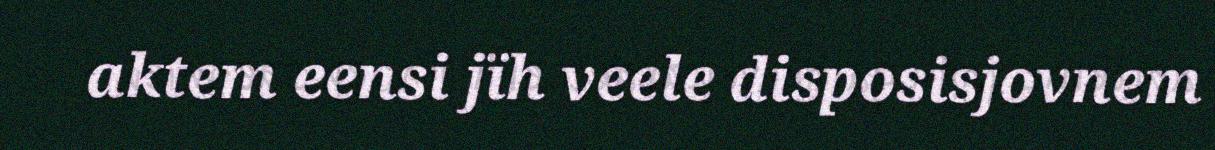
aktem eensi jïh veele disposisjovnem